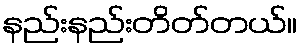
နည်းနည်းတိတ်တယ်။